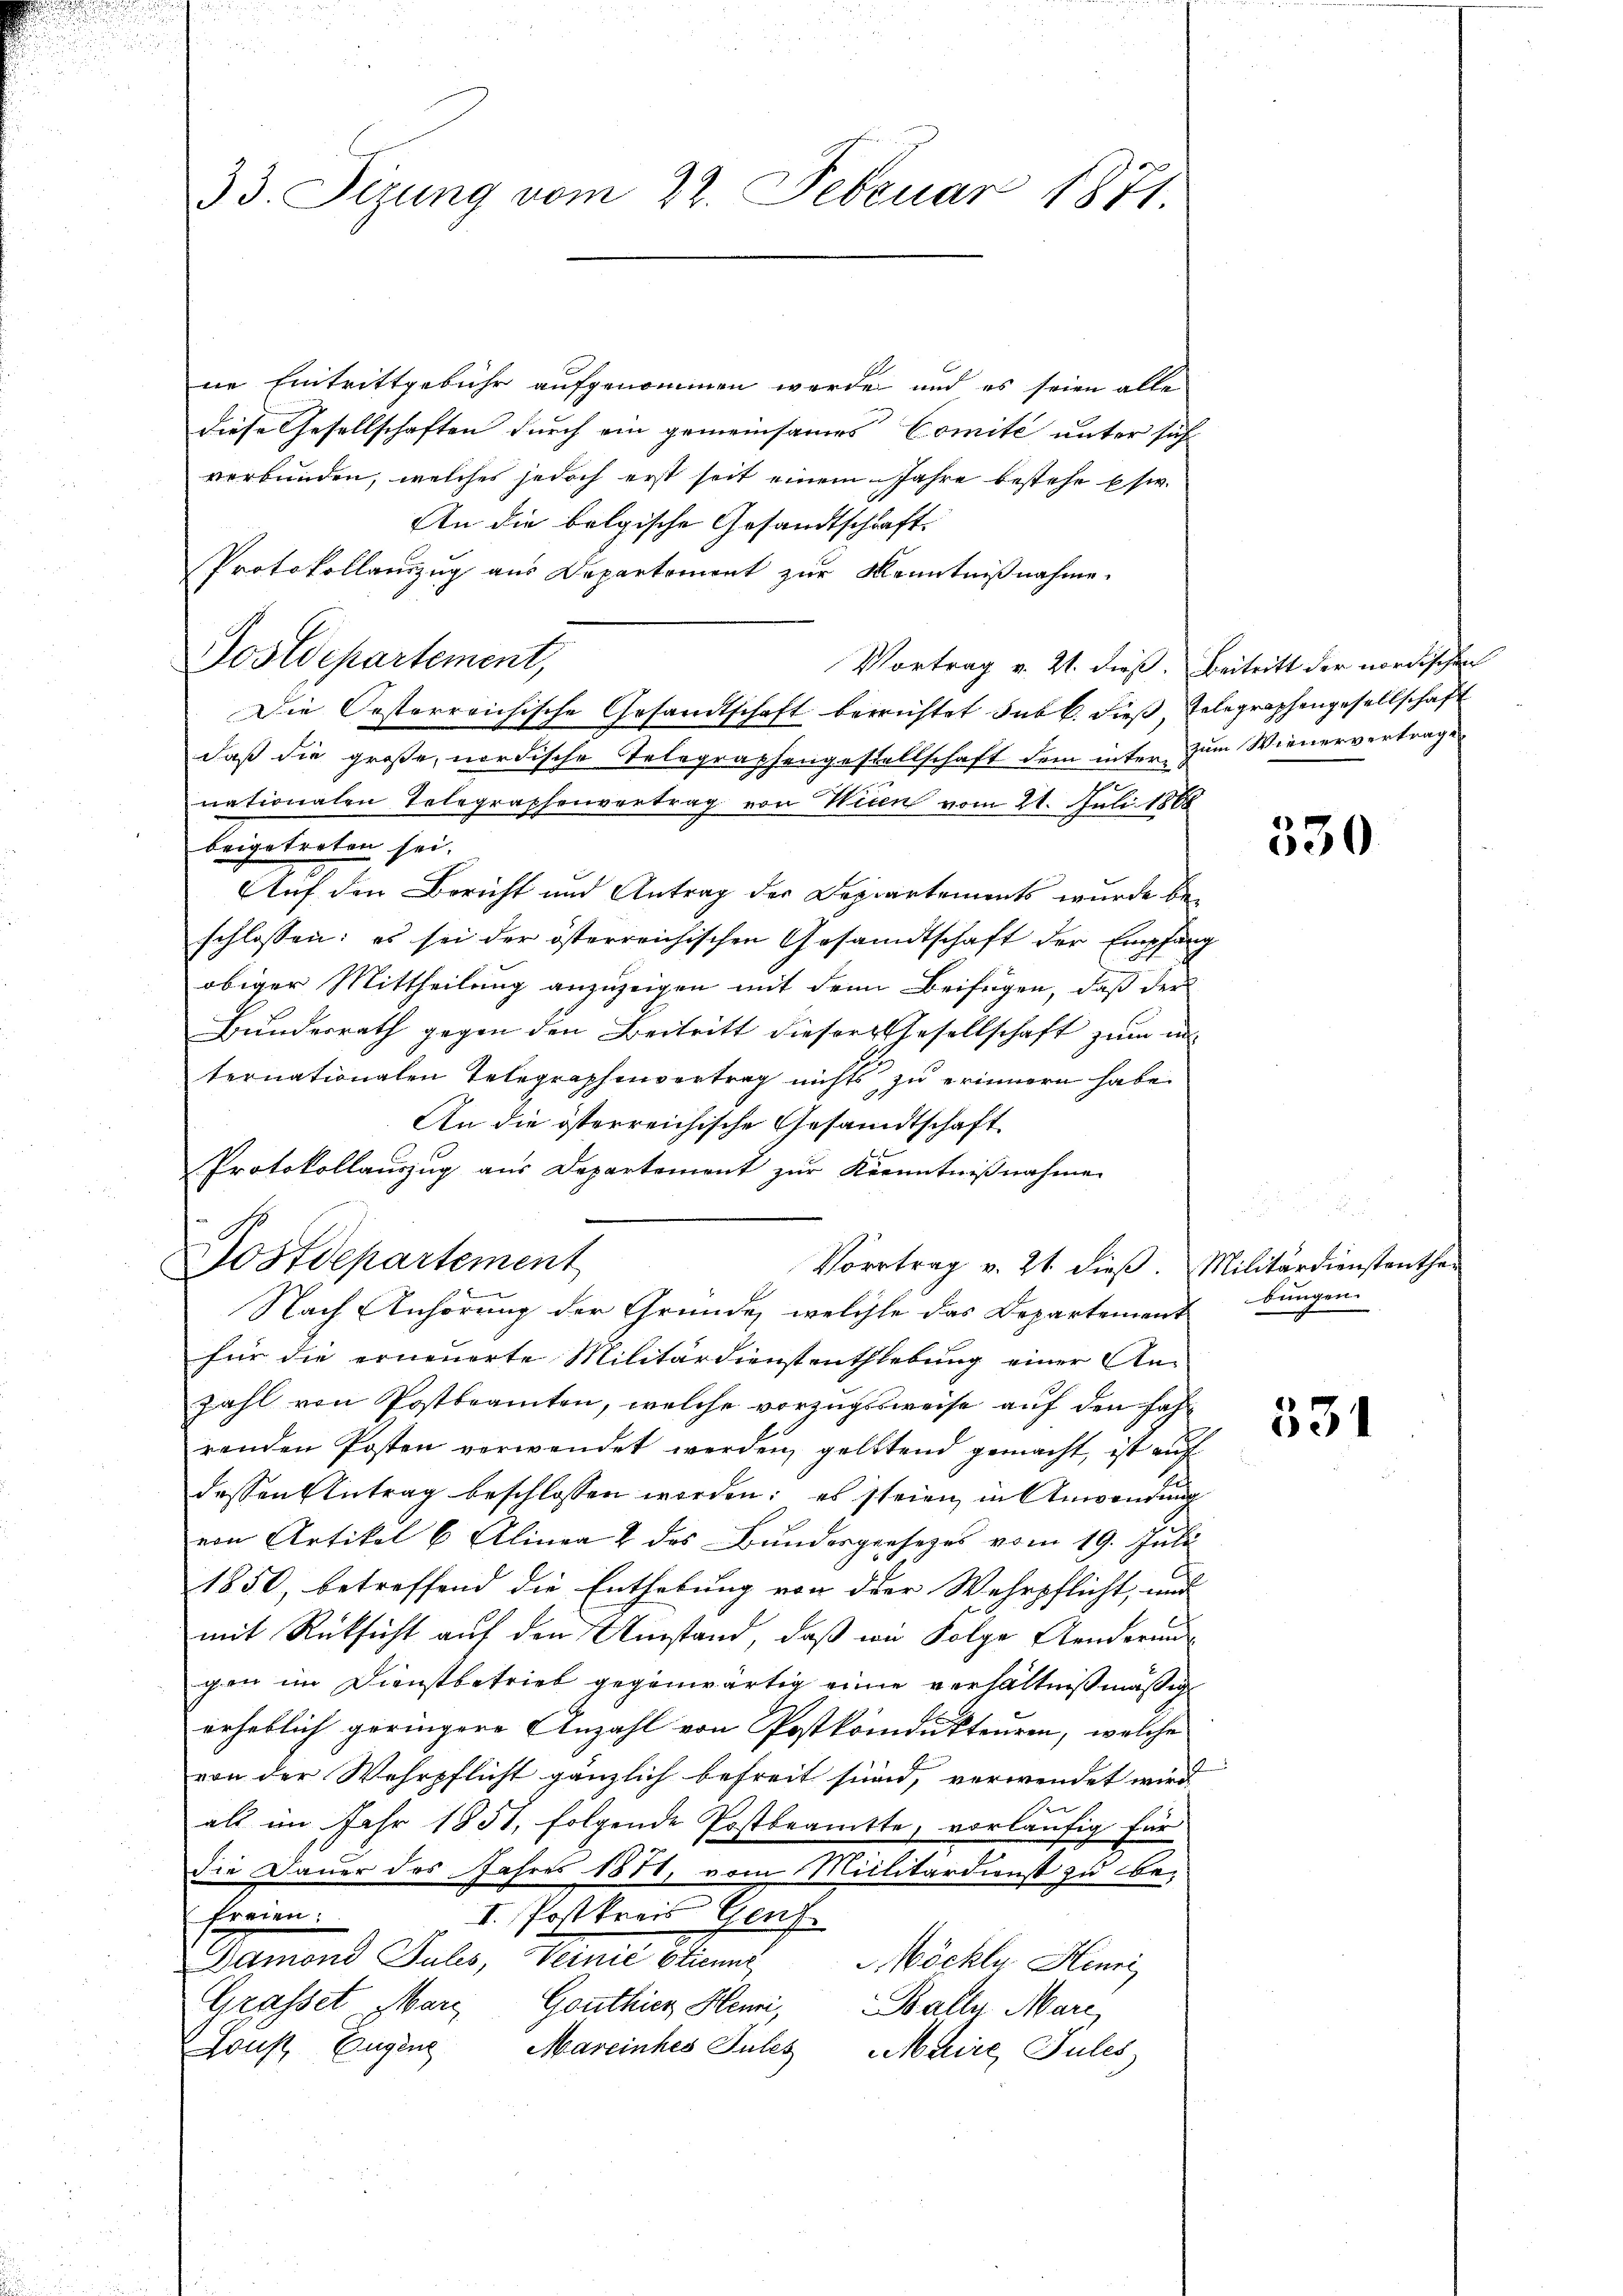
33. Sizung vom 22. Februar 1871.

Postdepartement,

ne Eintrittgebühr aufgenommen werde und es seien alle
diese Gesellschaften durch ein gemeinsames Comité unter sich
verbunden, welches jedoch erst seit einem Jahre bestehe usw.
An die bolgische Gesandtschaft.
Protokollauszug aus Departement zur Kenntnißnahme.
Vortrag v. 21. dieß. Beitritt der nordischen
Die Oesterreichische Gesandtschaft berichtet sub b. dieß, Telegraphengesellschaft
daß die große, nordische Telegraphengestellschaft dem inter zum Wienervertrages
nationalen Telegraphenvertrag von Wien vom 21. Juli 1888
beigetreten sei.
Auf den Bericht und Antrag der Departements wurde be-
schlossen: es sei der österreichischen Gesandtschaft der Empfang
obiger Mittheilung anzuzeigen mit dem Beifügen, daß der
Bundesrath gegen den Beitritt dieser Gesellschaft zum in
ternationalen Telegraphenvertrag nichts zu erinnern habe.
Nach Anhörung der Gründe, welchte das Departement
für die erneuerte Militärdienstenthlebung einer An-
zahl von Postbeamten, welche vorzugsweise auf den hafrenden Posten verwendet werden, geltend gemacht, ist auf
dessen Antrag beschlossen worden; es steien, in Anwendung
von Artikel 6 Alinea 2 des Bundesgesezes vom 19. Juli
1850, betreffend die Enthebung von der Wehrpflicht, und
mit Rücksicht auf den Umstand, daß wie Folge Aenderungsgen im Dienstbetrieb gegenwärtig einen verhältnißmäßig
erheblich geringere Anzahl von Postkömdukteuren, welche
von der Wehrpflicht gänzlich befreit sind, verwendet wird,
als im Jahr 1851, folgende Postbeamtte, vorläufig für
die Dauer des Jahres 1881, vom Militärdienst zu befreien.
I. Postkreis Genf.
s
Damond Gules, Veinie stienne
öckly, Henri
Grasset Marz Gonthier Henni, Bally, Marc
Sonst Euging Mareinhes Gutes Maire, Pules

An die österreichische Gesandtschaft
Protokollauszug aus Departement zur Kenntnißnahme
s
Sostdepartement

Vortrag v. 21. dieß. Militärdienstanthe

330

bungen.

.

531